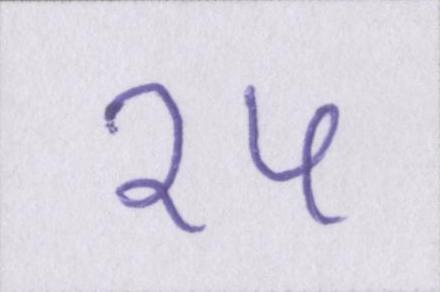
१५